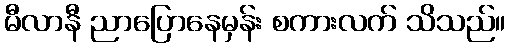
မီလာနီ ညာပြောနေမှန်း စကားလက် သိသည်။